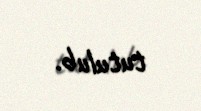
tutulub.